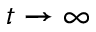
t \rightarrow \infty